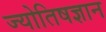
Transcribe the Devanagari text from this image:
ज्योतिषज्ञान